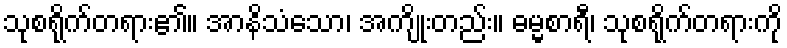
သုစရိုက်တရား၏။ အာနိသံသော၊ အကျိုးတည်း။ ဓမ္မစာရီ၊ သုစရိုက်တရားကို